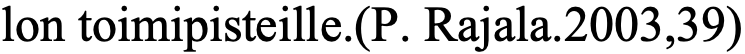
lon toimipisteille.(P. Rajala.2003,39)